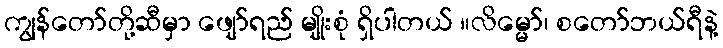
ကျွန်တော်တို့ဆီမှာ ဖျော်ရည် မျိုးစုံ ရှိပါတယ် ။လိမ္မော်၊ စတော်ဘယ်ရီနဲ့